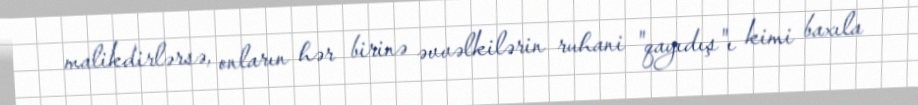
malikdirlərsə, onların hər birinə əvvəlkilərin ruhani "qayıdış"ı kimi baxıla